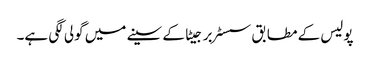
پولیس کے مطابق سسٹر برجیٹا کے سینے میں گولی لگی ہے۔